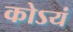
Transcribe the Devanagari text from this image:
कोऽयं